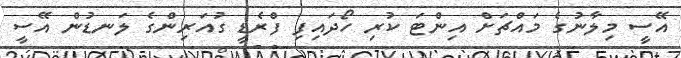
އޭސީ މިލާނުގެ މައްޗަށް އިންޓަ ކުރި ހޯދައިފި ފްރެޑީ ގުއަރިންގެ ލަނޑުން އޭސީ